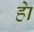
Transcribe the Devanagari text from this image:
हाे